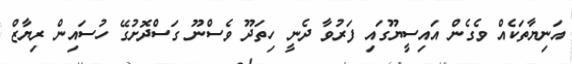
އަނިޔާތަކެއް ވެގެން އައިސީޔޫގައި ފަރުވާ ދެނީ ހިތަދޫ ވެސްނޫ ގަސްދޮށުގޭ ހުސައިން ރިޔާޒް